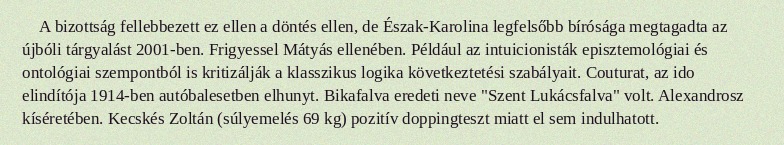
A bizottság fellebbezett ez ellen a döntés ellen, de Észak-Karolina legfelsőbb bírósága megtagadta az újbóli tárgyalást 2001-ben. Frigyessel Mátyás ellenében. Például az intuicionisták episztemológiai és ontológiai szempontból is kritizálják a klasszikus logika következtetési szabályait. Couturat, az ido elindítója 1914-ben autóbalesetben elhunyt. Bikafalva eredeti neve "Szent Lukácsfalva" volt. Alexandrosz kíséretében. Kecskés Zoltán (súlyemelés 69 kg) pozitív doppingteszt miatt el sem indulhatott.